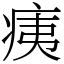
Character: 痍